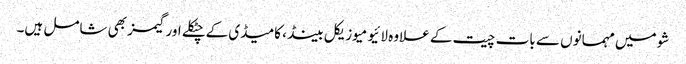
شو میں مہمانوں سے بات چیت کے علاوہ لائیو میوزیکل بینڈ، کامیڈی کےچٹکلے اور گیمز بھی شامل ہیں۔